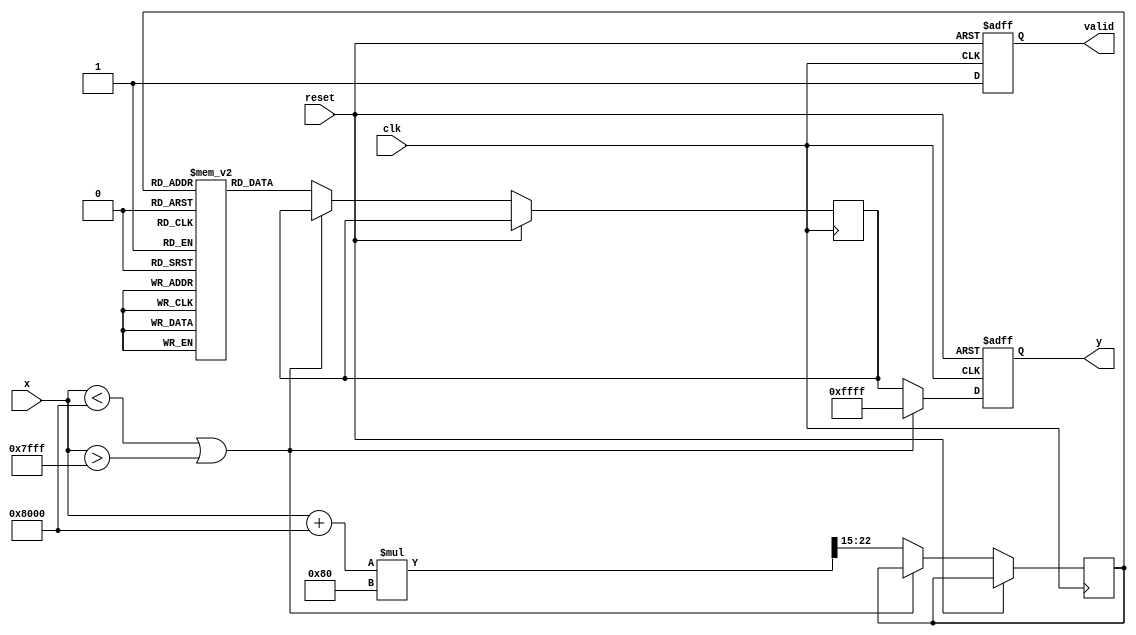
module asin_block (
    input wire clk,
    input wire reset,
    input wire [15:0] x, // Input value in fixed-point representation (-1 to 1)
    output reg [15:0] y,  // Output value in fixed-point representation (-/2 to /2)
    output reg valid      // Indicates valid output
);

    // Parameters
    parameter LUT_SIZE = 256; // Number of entries in LUT
    parameter PI_OVER_2 = 16'h1C90; // Fixed-point representation of /2 (assuming 16 bits)
    parameter LUT_WIDTH = 16; // Bit width of LUT entries
    parameter ERROR_VALUE = 16'hFFFF; // NaN or error value

    // LUT for asin values
    reg [LUT_WIDTH-1:0] asin_lut [0:LUT_SIZE-1];

    // Internal signals
    reg [LUT_WIDTH-1:0] lut_value;
    reg [7:0] index; // Index for LUT

    initial begin
        // Populate the LUT with precomputed asin values (in fixed-point)
        // The LUT values should be filled with appropriate fixed-point representations
        // For example, asin(0) = 0, asin(0.5) = /6, asin(1) = /2, etc.
        // This is a simplified example; you should fill it with real values.
        // asin_lut[0] = 16'h0000; // asin(-1)
        // asin_lut[1] = 16'h1C90; // asin(1)
        // ...
    end

    always @(posedge clk or posedge reset) begin
        if (reset) begin
            y <= 0;
            valid <= 0;
        end else begin
            // Range checking
            if (x < 16'h8000 || x > 16'h7FFF) begin // Check if x is in [-1, 1]
                y <= ERROR_VALUE; // Set error value
                valid <= 1; // Output is valid
            end else begin
                // Calculate index for LUT (scale input to LUT size)
                index <= (x + 16'h8000) * (LUT_SIZE / 2) >> 15; // Scale x to [0, LUT_SIZE-1]
                
                // Get value from LUT
                lut_value <= asin_lut[index];
                
                // Assign output
                y <= lut_value;
                valid <= 1; // Output is valid
            end
        end
    end

endmodule